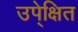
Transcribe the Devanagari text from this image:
उपे्क्षित